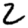
Digit: 2